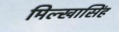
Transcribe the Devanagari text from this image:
मिल्खासिंह